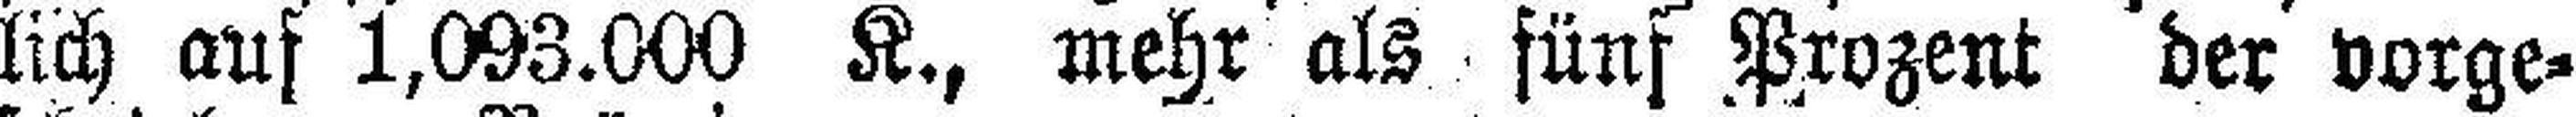
lich auf 1,093.000 K., mehr als fünf Prozent der vorge¬